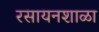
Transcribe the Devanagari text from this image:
रसायनशाळा